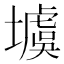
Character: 𡑾